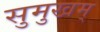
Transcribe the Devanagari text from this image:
सुमुखम्